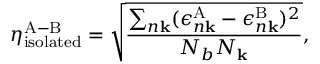
\eta _ { \mathrm { i s o l a t e d } } ^ { \mathrm { A - B } } = \sqrt { \frac { \sum _ { n \mathbf { k } } ( \epsilon _ { n \mathbf { k } } ^ { \mathrm { A } } - \epsilon _ { n \mathbf { k } } ^ { \mathrm { B } } ) ^ { 2 } } { N _ { b } N _ { \mathbf { k } } } } ,